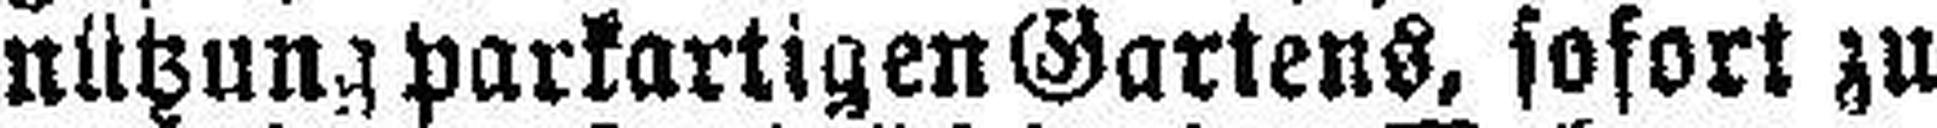
nützung parkartigen Gartens, sofort zu